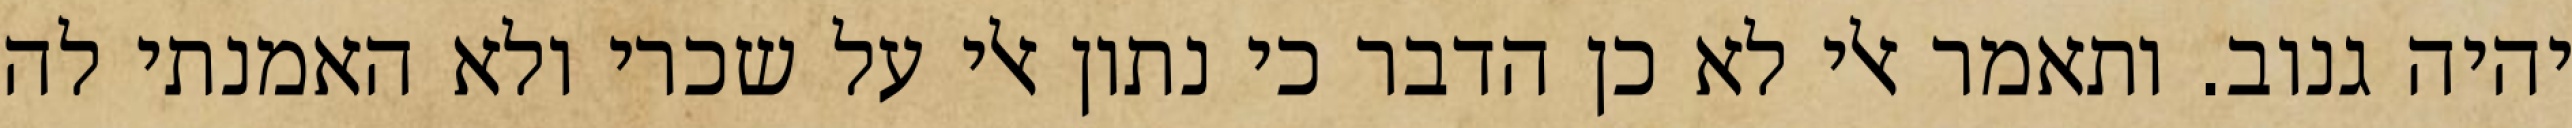
יהיה גנוב. ותאמר אלי לא כן הדבר כי נתון אלי על שכרי ולא האמנתי לה